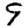
Digit: 9